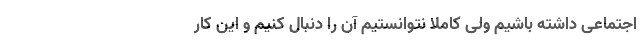
اجتماعی داشته باشیم ولی کاملا نتوانستیم آن را دنبال کنیم و این کار